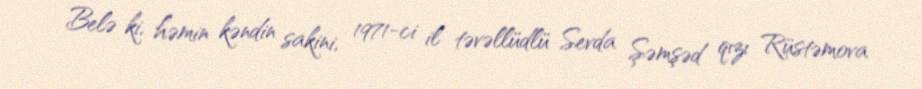
Belə ki, həmin kəndin sakini, 1971-ci il təvəllüdlü Sevda Şəmşəd qızı Rüstəmova